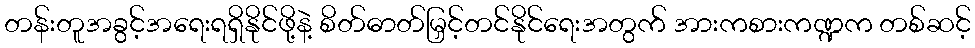
တန်းတူအခွင့်အရေးရရှိနိုင်ဖို့နဲ့ စိတ်ဓာတ်မြှင့်တင်နိုင်ရေးအတွက် အားကစားကဏ္ဍက တစ်ဆင့်